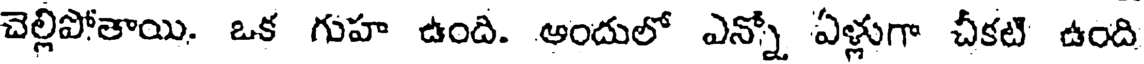
చెల్లిపోతాయి. ఒక గుహ ఉంది. అందులో ఎన్నో ఏళ్లుగా చీకటి ఉంది